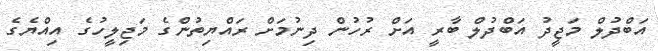
އަބްދުލް މަޖީދު އަބްދުލް ބާރީ އަށް ރުހުން ދިނުމަށް ރައްޔިތުންގެ މަޖިލީހުގެ އިއްޔެގެ